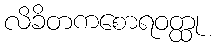
လိခိတကစောရဝတ္ထု